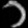
Digit: ၁